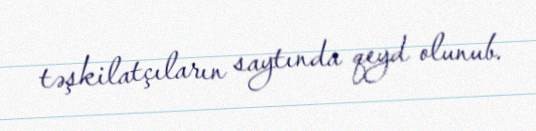
təşkilatçıların saytında qeyd olunub.